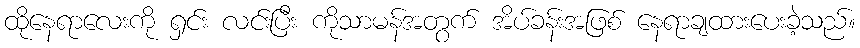
ထိုနေရာလေးကို ရှင်း လင်းပြီး ကိုသာမန်အတွက် အိပ်ခန်းအဖြစ် နေရာချထားပေးခဲ့သည်။